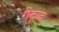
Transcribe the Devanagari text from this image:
गेट्ज